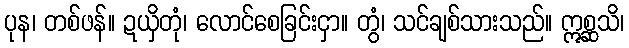
ပုန၊ တစ်ဖန်။ ဍယှိတုံ၊ လောင်စေခြင်းငှာ။ တွံ၊ သင်ချစ်သားသည်။ ဣစ္ဆသိ၊